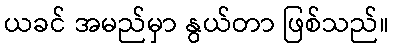
ယခင် အမည်မှာ နွယ်တာ ဖြစ်သည်။